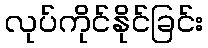
လုပ်ကိုင်နိုင်ခြင်း